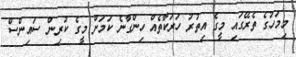
މިމަހުގެ ތެރޭގައި މީގެ އިތުރު ހަރަކާތެއް ހިންގާނެ ކަމަށް މީގެ ކުރިން ސައިންސް